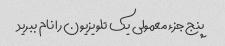
پنج جزء معمولی یک تلویزیون را نام ببرید